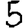
Digit: 5